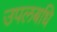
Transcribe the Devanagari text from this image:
उपलबधि